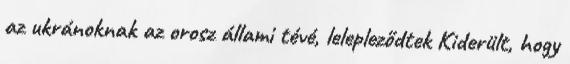
az ukránoknak az orosz állami tévé, lelepleződtek Kiderült, hogy